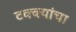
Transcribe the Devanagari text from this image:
टक्क्यांचा